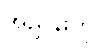
အညွှန်းကို